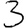
Digit: 3